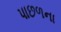
પાછળના